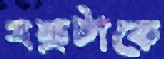
যন্ত্রটাকে